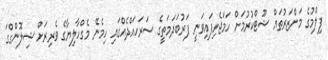
ފިލްމުގެ މަންޒަރުތައް ޝޫޓްކުރުމަށް ހަމަޖެހިފައިވަނީ ފަރުބަދަމަތީގެ ސަރަހައްދެއްގައި ހިމެނޭ މެގްހާލިޔާގެ ވެރިރަށް ޝިލޮންގްގަ